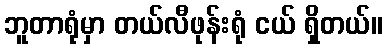
ဘူတာရုံမှာ တယ်လီဖုန်းရုံ ငယ် ရှိတယ်။